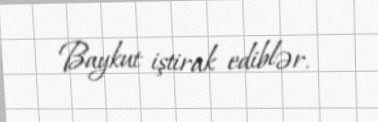
Baykut iştirak ediblər.